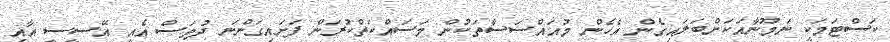
ކަސްޓަމަކީ ނަމޫނާއަކަށްބަލައިގެން އެހެން މުއައްސަސާތަކުން މަސައްކަތްކުރަން ފަށައިގަންނަ ދުވަސް އެއީ އޭސީސީ އާއި